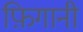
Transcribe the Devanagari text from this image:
फ़िगानी